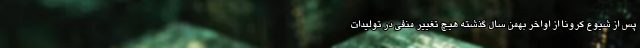
پس از شیوع کرونا از اواخر بهمن سال گذشته هیچ تغییر منفی در تولیدات